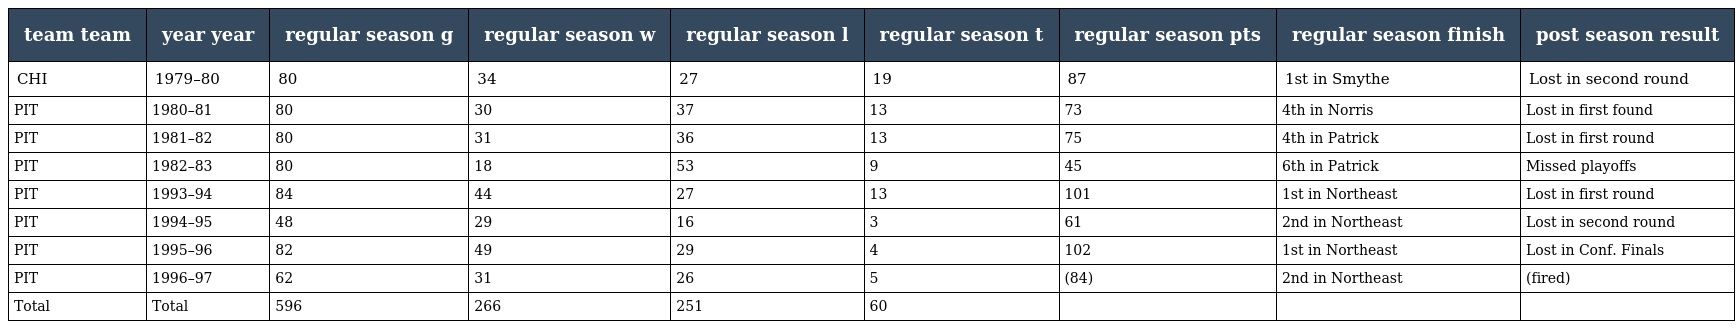
| team team | year year | regular season g | regular season w | regular season l | regular season t | regular season pts | regular season finish | post season result |
 | --- | --- | --- | --- | --- | --- | --- | --- | --- |
 | CHI | 1979–80 | 80 | 34 | 27 | 19 | 87 | 1st in Smythe | Lost in second round |
 | PIT | 1980–81 | 80 | 30 | 37 | 13 | 73 | 4th in Norris | Lost in first found |
 | PIT | 1981–82 | 80 | 31 | 36 | 13 | 75 | 4th in Patrick | Lost in first round |
 | PIT | 1982–83 | 80 | 18 | 53 | 9 | 45 | 6th in Patrick | Missed playoffs |
 | PIT | 1993–94 | 84 | 44 | 27 | 13 | 101 | 1st in Northeast | Lost in first round |
 | PIT | 1994–95 | 48 | 29 | 16 | 3 | 61 | 2nd in Northeast | Lost in second round |
 | PIT | 1995–96 | 82 | 49 | 29 | 4 | 102 | 1st in Northeast | Lost in Conf. Finals |
 | PIT | 1996–97 | 62 | 31 | 26 | 5 | (84) | 2nd in Northeast | (fired) |
 | Total | Total | 596 | 266 | 251 | 60 |  |  |  |